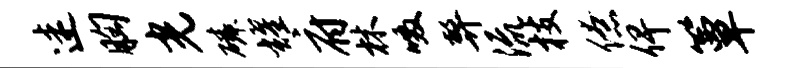
迷胸光磷耀府林啜弊流枝僚俾簟